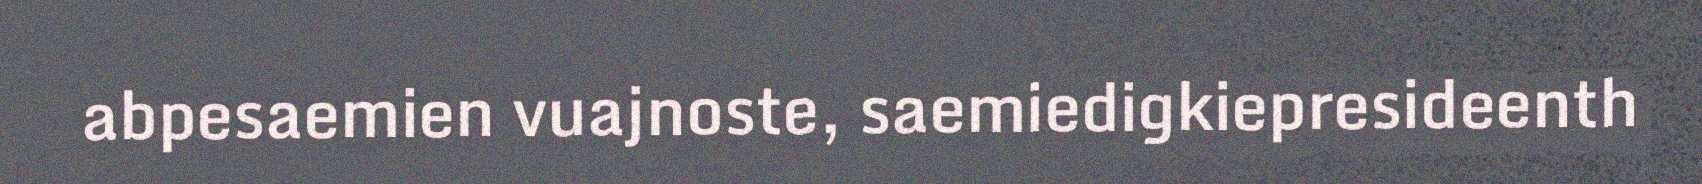
abpesaemien vuajnoste, saemiedigkiepresideenth